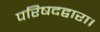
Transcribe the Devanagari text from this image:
परिषदद्वारा।